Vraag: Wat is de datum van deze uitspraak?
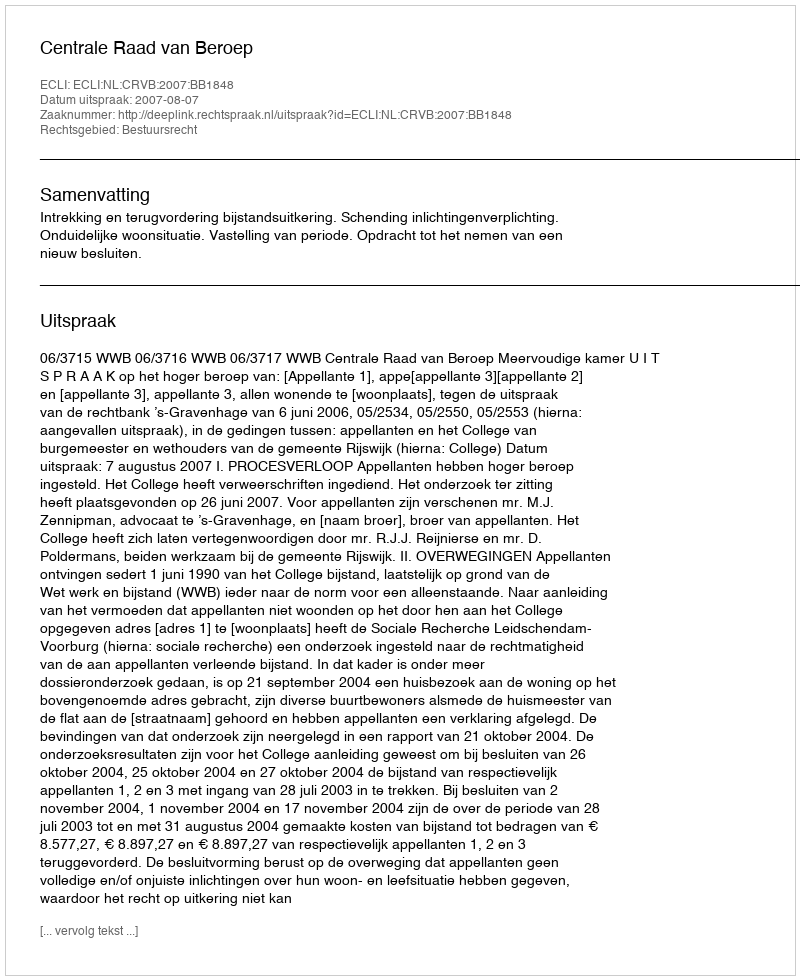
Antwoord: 2007-08-07